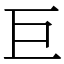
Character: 巨